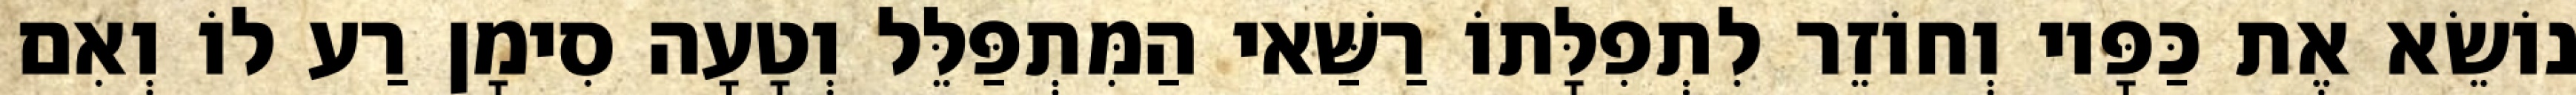
נוֹשֵׂא אֶת כַּפָּיו וְחוֹזֵר לִתְפִלָּתוֹ רַשַּׁאי הַמִּתְפַּלֵּל וְטָעָה סִימָן רַע לוֹ וְאִם